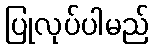
ပြုလုပ်ပါမည်